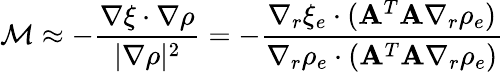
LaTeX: {\cal M}\approx-\frac{\nabla\xi\cdot\nabla\rho}{|\nabla\rho|^{2}}=-\frac{\nabla_{r}\xi_{e}\cdot({\mathbf A}^{T}{\mathbf A}\nabla_{r}\rho_{e})}{\nabla_{r}\rho_{e}\cdot({\mathbf A}^{T}{\mathbf A}\nabla_{r}\rho_{e})}